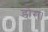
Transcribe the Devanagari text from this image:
डोरा।